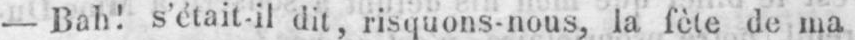
- Bah! s’était-il dit, risquons-nous, la fête de ma